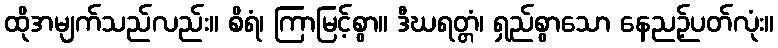
ထိုအမျက်သည်လည်း။ စိရံ၊ ကြာမြင့်စွာ။ ဒီဃရတ္တံ၊ ရှည်စွာသော နေညဉ့်ပတ်လုံး။